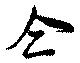
同